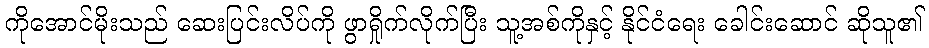
ကိုအောင်မိုးသည် ဆေးပြင်းလိပ်ကို ဖွာရှိုက်လိုက်ပြီး သူ့အစ်ကိုနှင့် နိုင်ငံရေး ခေါင်းဆောင် ဆိုသူ၏